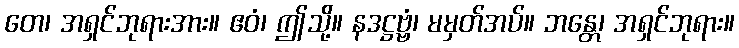
တေ၊ အရှင်ဘုရားအား။ ဧဝံ၊ ဤသို့။ နဒဋ္ဌဗ္ဗံ၊ မမှတ်အပ်။ ဘန္တေ၊ အရှင်ဘုရား။